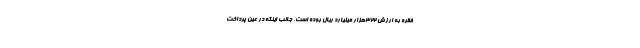
فقره به ارزش 322هزار میلیارد ریال بوده است. جالب اینکه در عین پرداخت